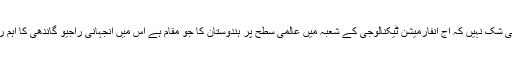
اس میں کوئی شک نہیں کہ آج انفارمیشن ٹیکنالوجی کے شعبہ میں عالمی سطح پر ہندوستان کا جو مقام ہے اس میں آنجہانی راجیو گاندھی کا اہم رول رہا ہے۔